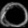
Digit: ၀